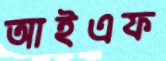
আইএফ